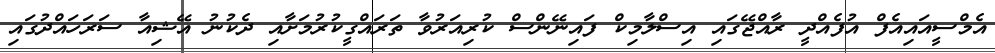
އެމްސީއައިއެފް އުފެއްދީ ރާއްޖޭގައި އިސްލާމިކް ފައިނޭންސް ކުރިއަރުވާ ތަރައްގީކުރުމަށާއި ދެކުނު އޭޝިއާ ސަރަހައްދުގައި